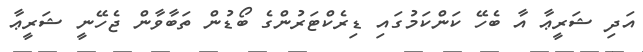
އަދި ޝަރީޢާ އާ ބެހޭ ކަންކަމުގައި ޑިރެކްޓަރުންގެ ބޯޑުން ތަބާވާން ޖެހޭނީ ޝަރީޢާ